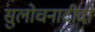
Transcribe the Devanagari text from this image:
सुलोचनादीदी